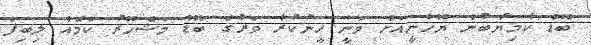
ބޮޑު ކާމިޔާބުން ޔޮހާނީއަށް ވަނީ ހީނުކުރާ ވަރުގެ ބޮޑު މަޝްހޫރު ކަމެއް ލިބިފަ